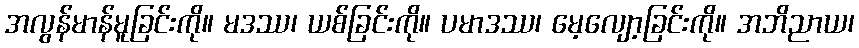
အလွန်မာန်မူခြင်းကို။ မဒဿ၊ ယစ်ခြင်းကို။ ပမာဒဿ၊ မေ့လျော့ခြင်းကို။ အဘိညာယ၊